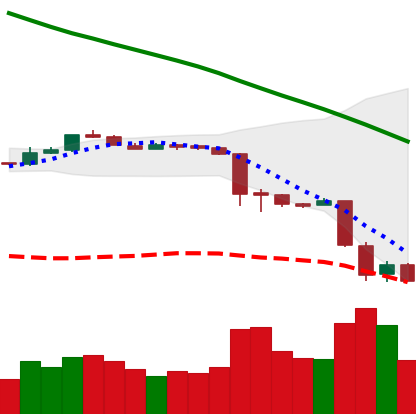
Ticker: ETH-USD
Chart end date: 2018-11-22
Forward return: -13.177%
Label: down_7plus